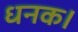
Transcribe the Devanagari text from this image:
धनक।